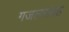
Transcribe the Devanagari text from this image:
गजलसंग्रह